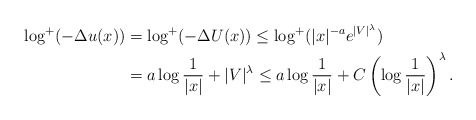
\begin{align*} \log^{+}(-\Delta u(x))&=\log^{+}(-\Delta U(x))\leq \log^{+}(|x|^{-a} e^{|V|^\lambda} )\\ &=a\log\frac{1}{|x|}+|V|^\lambda \leq a\log\frac{1}{|x|}+C\left(\log\frac{1}{|x|}\right)^\lambda . \end{align*}